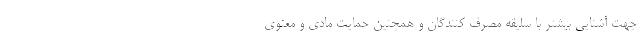
جهت آشنایی بیشتر با سلیقه مصرف کنندگان و همچنین حمایت مادی و معنوی